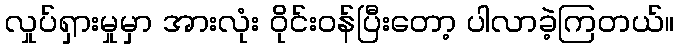
လှုပ်ရှားမှုမှာ အားလုံး ဝိုင်းဝန်ပြီးတော့ ပါလာခဲ့ကြတယ်။